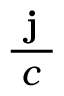
\frac { \textbf { j } } { c }